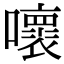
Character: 𡃩